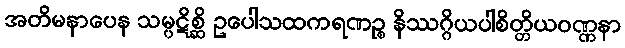
အတိမနာပေန သမ္ပဋိစ္ဆိ ဥပေါသထကရဏဉ္စ နိဿဂ္ဂိယပါစိတ္တိယဝဏ္ဏနာ